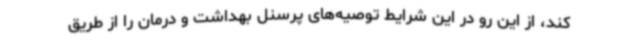
کند، از این رو در این شرایط توصیه‌های پرسنل بهداشت و درمان را از طریق